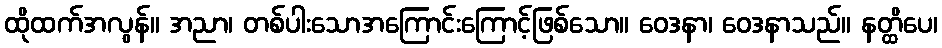
ထိုထက်အလွန်။ အညာ၊ တစ်ပါးသောအကြောင်းကြောင့်ဖြစ်သော။ ဝေဒနာ၊ ဝေဒနာသည်။ နတ္ထိပေ၊